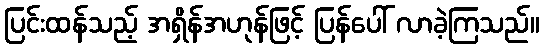
ပြင်းထန်သည့် အရှိန်အဟုန်ဖြင့် ပြန်ပေါ် လာခဲ့ကြသည်။